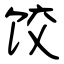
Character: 饺